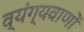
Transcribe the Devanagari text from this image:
व्यंग्यवाणों